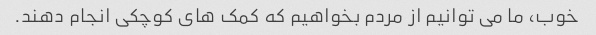
خوب، ما می توانیم از مردم بخواهیم که کمک های کوچکی انجام دهند.